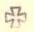
+